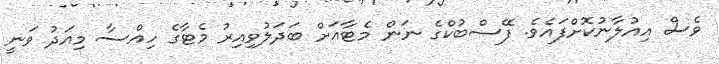
ވެސް އިއުލާނުކޮށްފައެވެ. ފޭސްބުކްގެ ނަން މެޓާއަށް ބަދަލުވިއިރު މެޓާގެ ހިއްސާ މިއަދު ވަނީ